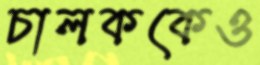
চালককেও